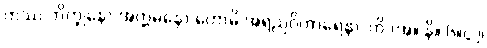
တဿ ဘိက္ခုနော အတ္တမနော ဟောမိ အရညဝိဟာရေနာ”တိ (အ။ နိ။ ၆။၄၂၊